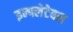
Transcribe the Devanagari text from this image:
इन्फ्लेटेबल